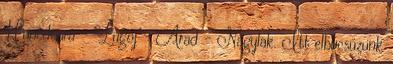
Hunedoara - Lugoj - Arad - Nagylak. Itt elbúcsúzunk